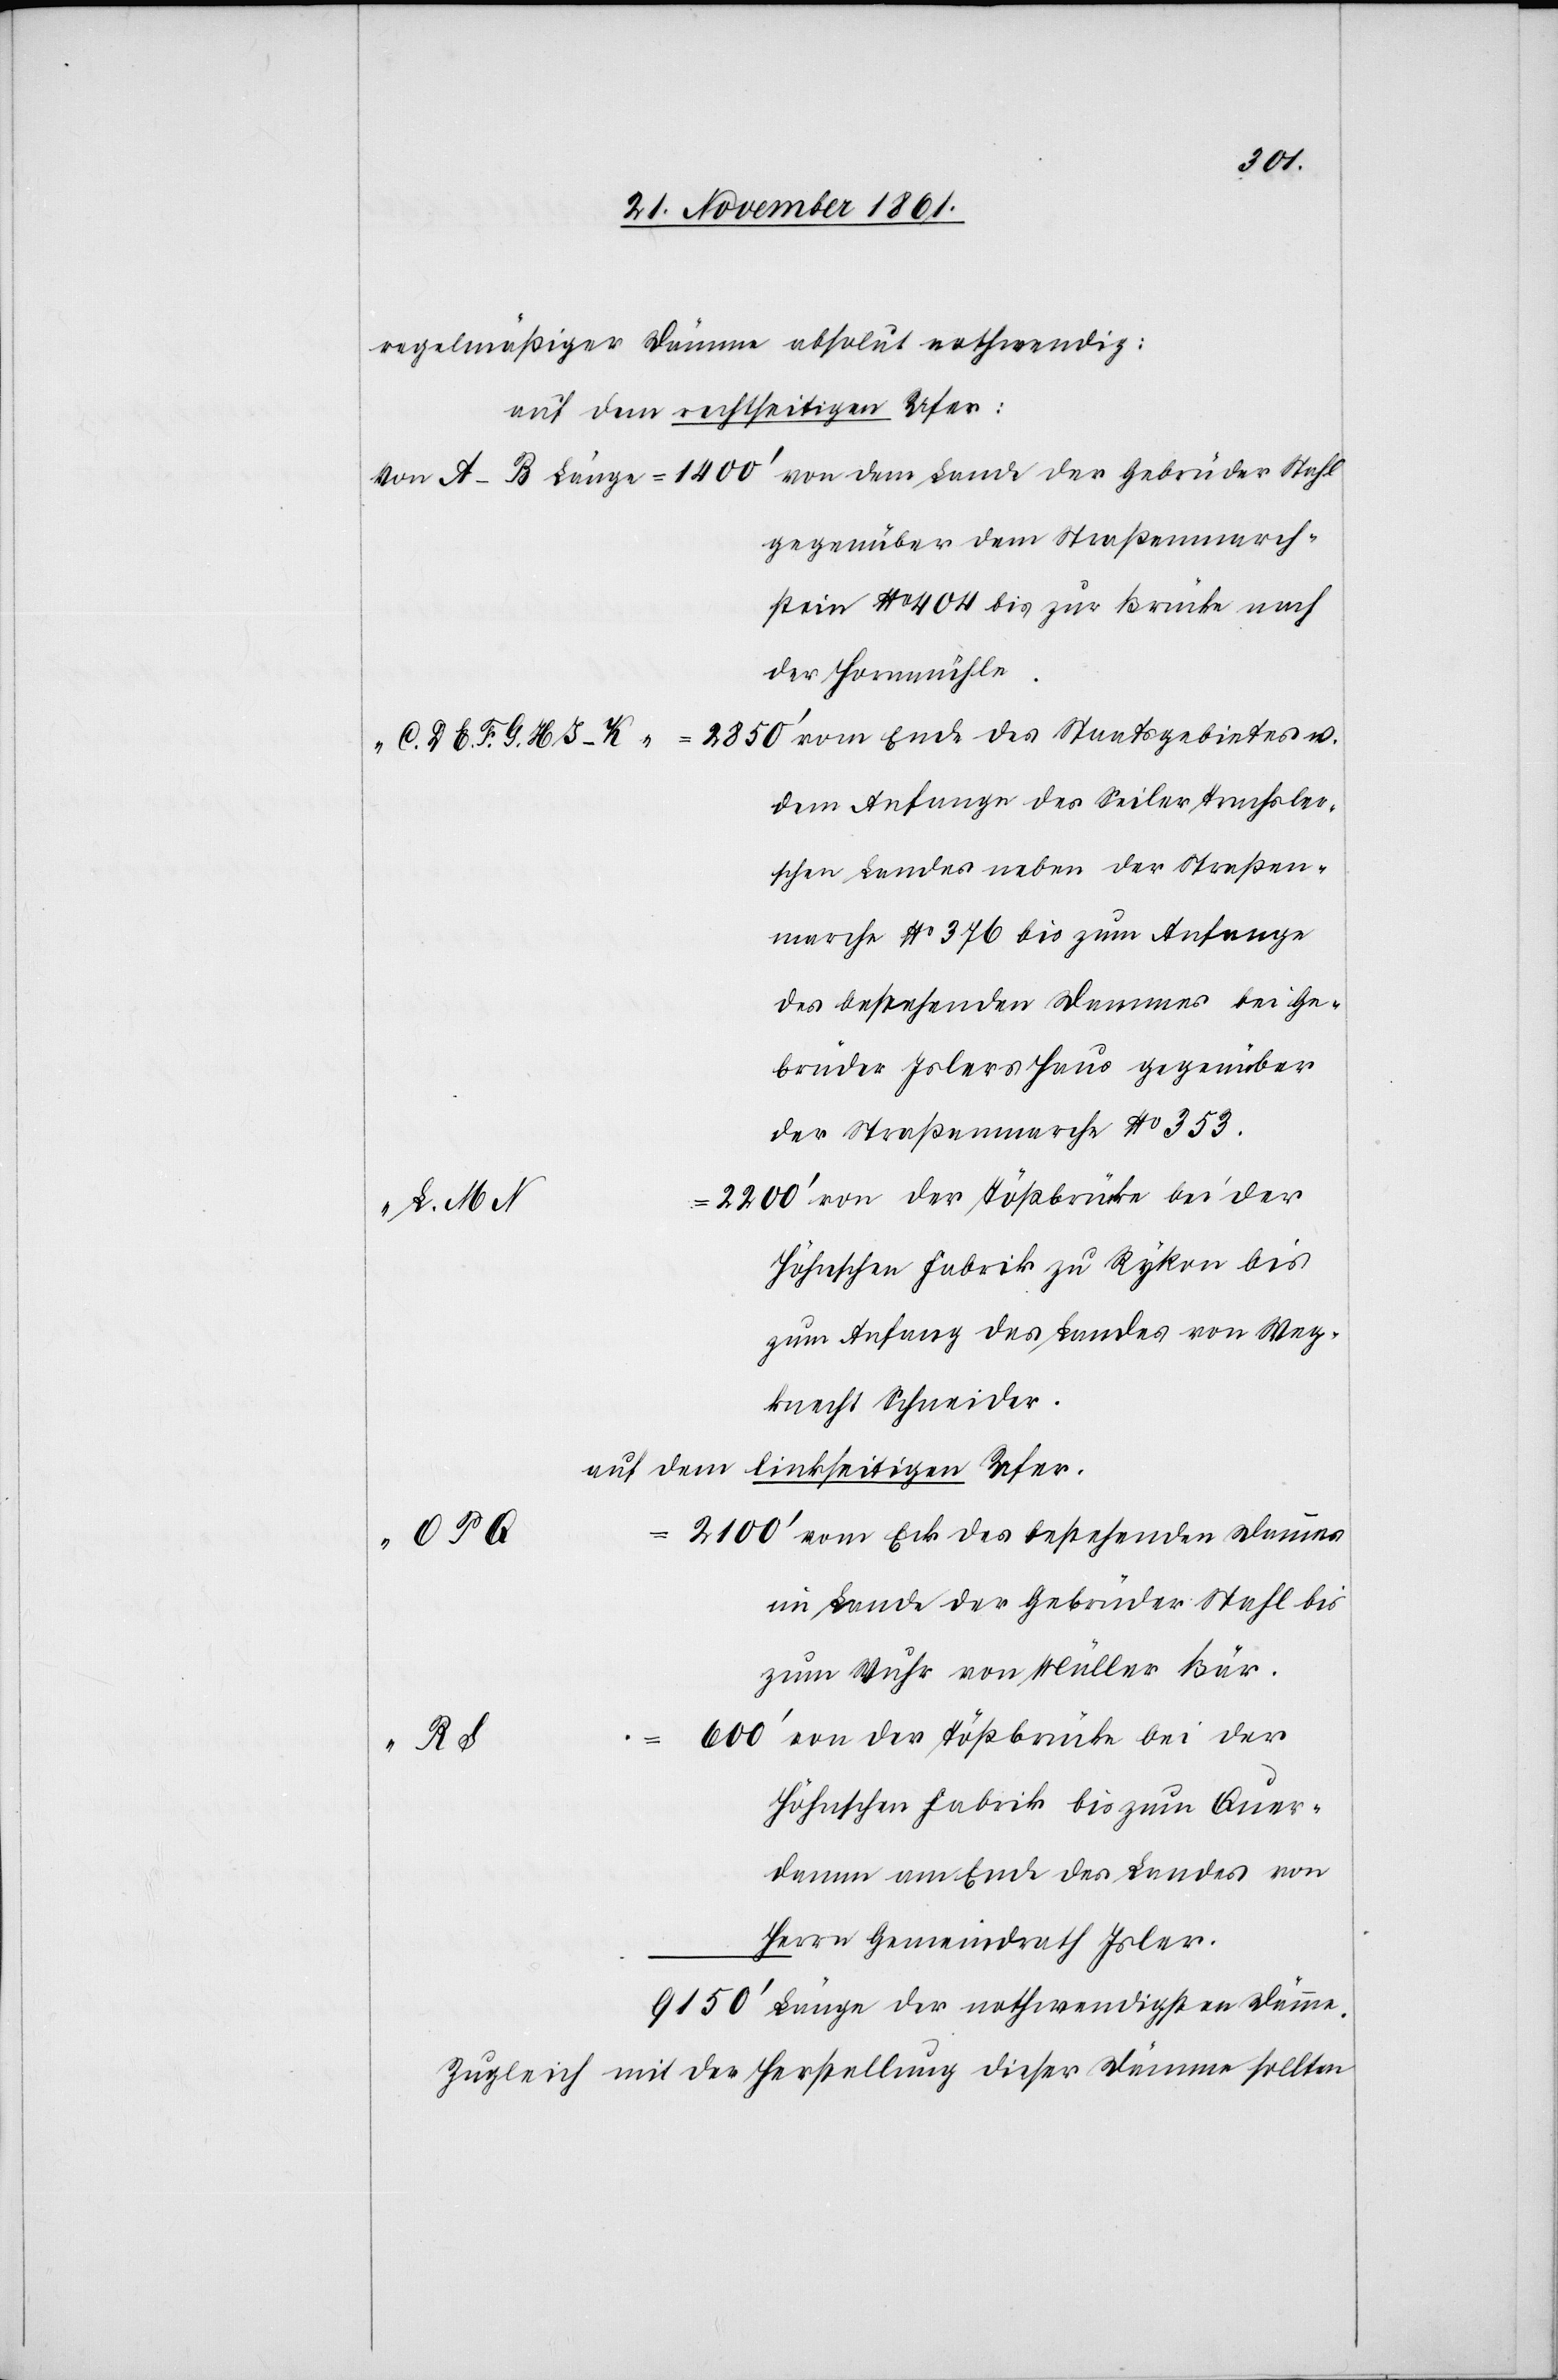
regelmäßiger Dämme absolut nothwendig:
Auf dem rechtseitigen Ufer:
gegenüber dem Straßenmarch¬
stein No 404 bis zur Brücke nach
der Hornmühle.
vom Ende des Staatsgebietes u.
dem Anfange des Seiler Trachsler¬
schen Landes neben der Straßen¬
marche No 376 bis zum Anfange
des bestehenden Dammes bei Ge¬
brüder Islers Haus gegenüber
der Straßenmarche No 353.
Höhnschen Fabrik zu Rykon bis
zum Anfang des Landes von Weg¬
knecht Schneider.
auf dem linkseitigen Ufer.
vom Eck des bestehenden Dammes
im Lande der Gebrüder Stahl bis
zum Wuhr von Müller Bär.
von der Tößbrücke bei der
“
L. M.
Höhnschen Fabrik bis zum Quer¬
damme am Ende Landes von
Herrn Gemeindrath Isler.
Länge der nothwendigsten Dämme.
Zugleich mit der Herstellung dieser Dämme sollten